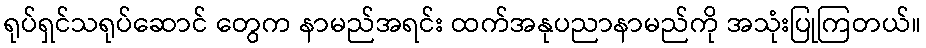
ရုပ်ရှင်သရုပ်ဆောင် တွေက နာမည်အရင်း ထက်အနုပညာနာမည်ကို အသုံးပြုကြတယ်။